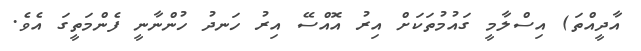
އާދީއްތަ) އިސްލާމީ ގައުމުތަކަށް އިރު އޮއްސޭ އިރު ހަނދު ހުންނާނީ ފެންމަތީގަ އެވެ.